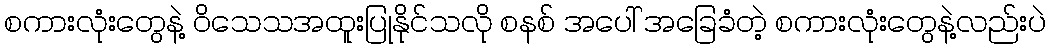
စကားလုံးတွေနဲ့ ဝိသေသအထူးပြုနိုင်သလို စနစ် အပေါ် အခြေခံတဲ့ စကားလုံးတွေနဲ့လည်းပဲ